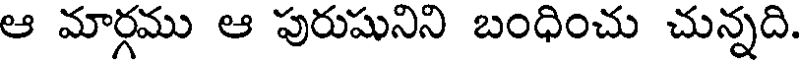
ఆ మార్గము ఆ పురుషునిని బంధించు చున్నది.